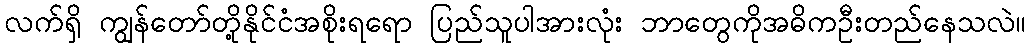
လက်ရှိ ကျွန်တော်တို့နိုင်ငံအစိုးရရော ပြည်သူပါအားလုံး ဘာတွေကိုအဓိကဦးတည်နေသလဲ။